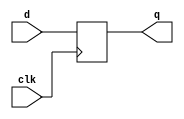
`timescale 1ns / 1ps
//////////////////////////////////////////////////////////////////////////////////
// Company: 
// 
// Design Name: 
// Module Name: DFF
// Project Name: 
// Target Devices: 
// Tool Versions: 
// Description: 
// 
// Dependencies: 
// 
// Revision:
// Revision 0.01 - File Created
// Additional Comments:
// 
//////////////////////////////////////////////////////////////////////////////////


module DFF(d,clk,q);

    input d,clk;
    output reg q;
    
    
    always@(posedge clk)
    begin
        q<=d;
    end
endmodule